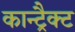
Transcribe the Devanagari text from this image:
कान्ट्रैक्ट